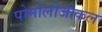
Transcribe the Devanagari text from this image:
पोमोलोजीकल